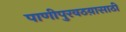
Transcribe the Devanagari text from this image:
पाणीपुरवठय़ासाठी